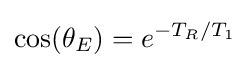
\cos(\theta _{E})=e^{-T_{R}/T_{1}}